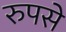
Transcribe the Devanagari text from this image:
रुपसे